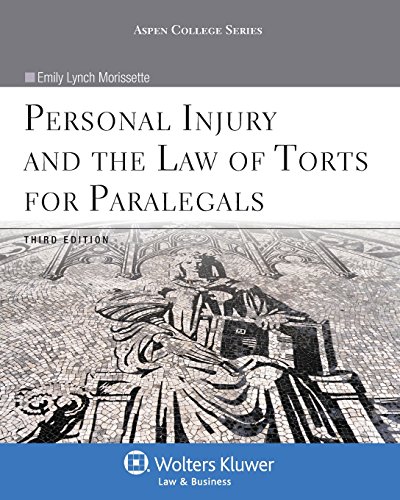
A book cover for Personal Injury & the Law of Torts for Paralegals, Third Edition (Aspen College); Emily Lynch Morissette; Law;